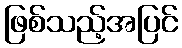
ဖြစ်သည့်အပြင်